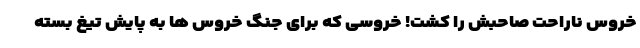
خروس ناراحت صاحبش را کشت! خروسی که برای جنگ خروس ها به پایش تیغ بسته